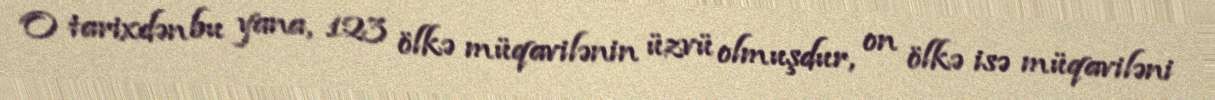
O tarixdən bu yana, 123 ölkə müqavilənin üzvü olmuşdur, on ölkə isə müqaviləni